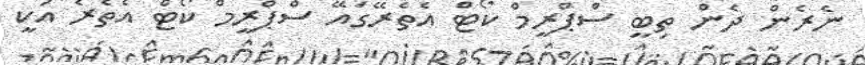
ނެރެން ދެން ތިބީ ސްޕްރީމް ކޯޓް އެތެރޭގައޭ ސްޕްރީމް ކޯޓް އެތެރެ އަކީ